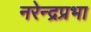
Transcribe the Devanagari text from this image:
नरेन्द्रप्रभा